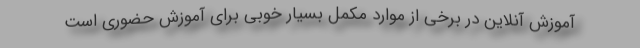
آموزش آنلاین در برخی از موارد مکمل بسیار خوبی برای آموزش حضوری است